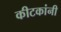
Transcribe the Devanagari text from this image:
कीटकांनी